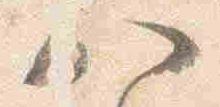
八